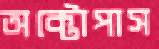
অক্টোপাস